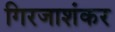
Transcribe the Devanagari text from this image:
गिरजाशंकर